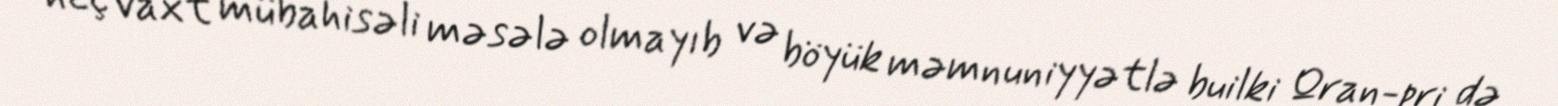
heç vaxt mübahisəli məsələ olmayıb və böyük məmnuniyyətlə builki Qran-pri də